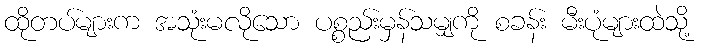
ထိုတပ်များက အသုံးမလိုသော ပစ္စည်းမှန်သမျှကို စခန်း မီးပုံများထဲသို့